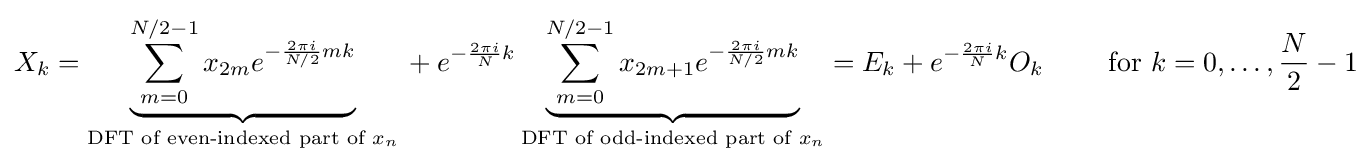
X_{k}=\underbrace {\sum \limits _{m=0}^{N/2-1}x_{2m}e^{-{\frac {2\pi i}{N/2}}mk}} _{{\text{DFT of even-indexed part of }}x_{n}}{}+e^{-{\frac {2\pi i}{N}}k}\underbrace {\sum \limits _{m=0}^{N/2-1}x_{2m+1}e^{-{\frac {2\pi i}{N/2}}mk}} _{{\text{DFT of odd-indexed part of }}x_{n}}=E_{k}+e^{-{\frac {2\pi i}{N}}k}O_{k}\qquad {\text{ for }}k=0,\dots ,{\frac {N}{2}}-1